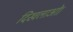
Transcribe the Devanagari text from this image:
दिखलाओ।